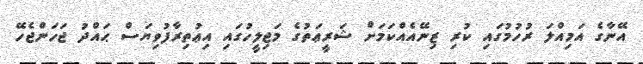
އޭނާގެ އަމިއްލަ ރުހުމުގައި ކުރި ޒިނޭއެއްކަމަށް ޝަރީޢަތުގެ މަޖިލީހުގައި އިޢުތިރާފުވިޔަސް ޙައްދު ޖަހަންޖެހޭ